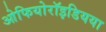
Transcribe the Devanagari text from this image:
ओफियोरॉइडियया